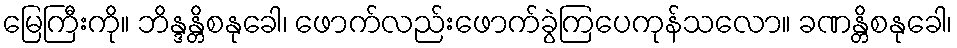
မြေကြီးကို။ ဘိန္ဒန္တိစနုခေါ၊ ဖောက်လည်းဖောက်ခွဲကြပေကုန်သလော။ ခဏန္တိစနုခေါ၊